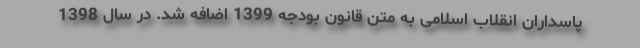
پاسداران انقلاب اسلامی به متن قانون بودجه 1399 اضافه شد. در سال 1398